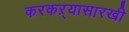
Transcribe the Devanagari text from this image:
करकऱ्यासारखी